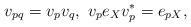
LaTeX: \begin{align*} v_{pq}=v_pv_q,\ v_pe_Xv_p^*=e_{pX},\end{align*}